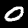
Digit: 0